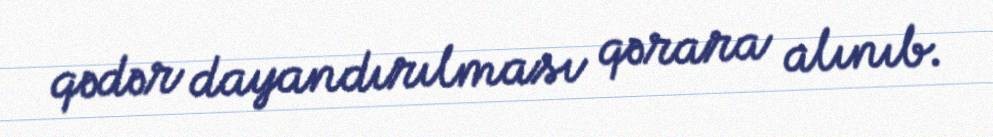
qədər dayandırılması qərara alınıb.